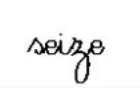
seize